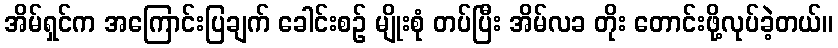
အိမ်ရှင်က အကြောင်းပြချက် ခေါင်းစဉ် မျိုးစုံ တပ်ပြီး အိမ်လခ တိုး တောင်းဖို့လုပ်ခဲ့တယ်။